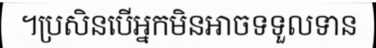
។ប្រសិនបើអ្នកមិនអាចទទួលទាន